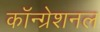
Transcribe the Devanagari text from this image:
कॉन्ग्रेशनल